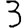
Digit: 3